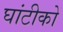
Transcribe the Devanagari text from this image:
घांटीको